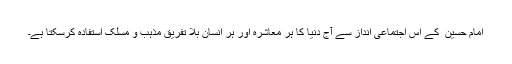
امام حسین ؑ کے اس اجتماعی انداز سے آج دنیا کا ہر معاشرہ اور ہر انسان بلا تفریق مذہب و مسلک استفادہ کرسکتا ہے۔